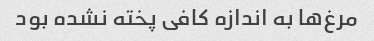
مرغ‌ها به اندازه کافی پخته نشده بود